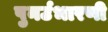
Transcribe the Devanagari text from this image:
पुनर्उभारणी